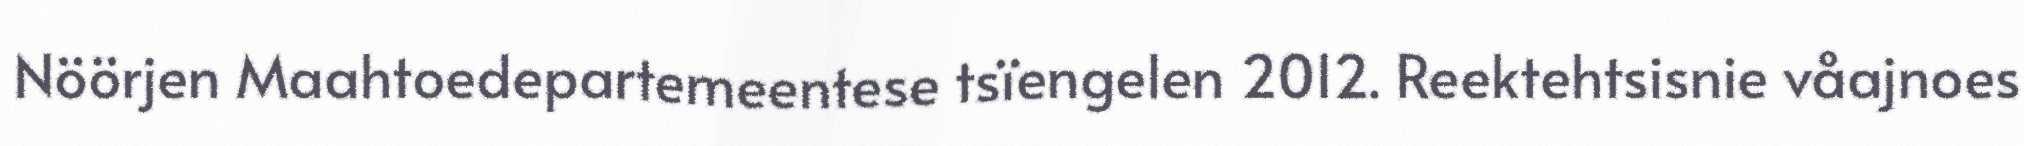
Nöörjen Maahtoedepartemeentese tsïengelen 2012. Reektehtsisnie våajnoes